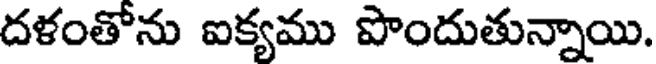
దళంతోను ఐక్యము పొందుతున్నాయి.